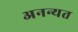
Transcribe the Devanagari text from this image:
अनन्यत